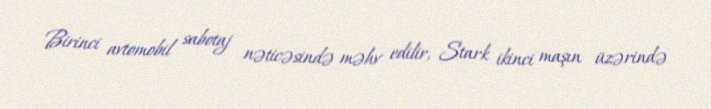
Birinci avtomobil sabotaj nəticəsində məhv edilir, Stark ikinci maşın üzərində